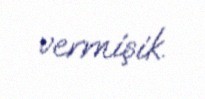
vermişik.